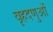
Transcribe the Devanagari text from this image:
वृहदणुओं